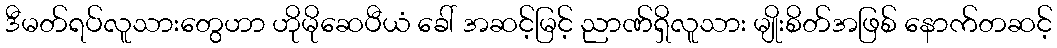
ဒီမတ်ရပ်လူသားတွေဟာ ဟိုမိုဆေပီယံ ခေါ် အဆင့်မြင့် ညာဏ်ရှိလူသား မျိုးစိတ်အဖြစ် နောက်တဆင့်